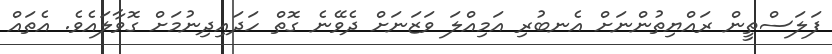
ފަލަސްތީން ރައްޔިތުންނަށް އެނބުރި އަމިއްލަ ވަޒަނަށް ދެވޭނެ ގޮތް ހަދައިދިނުމަށް ގޮވާލައެވެ. އެތައް